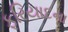
ફરિયાદના